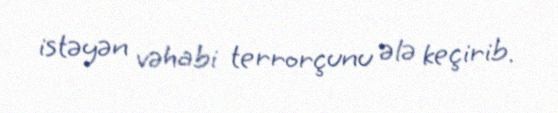
istəyən vəhabi terrorçunu ələ keçirib.